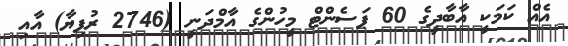
އެއް ކަމަކީ އާބާދީގެ 60 ޕަސެންޓް މީހުންގެ އާމްދަނީ (2746 ރުފިޔާ) އާއި